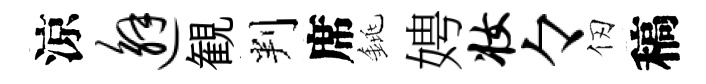
涼邂観判席銚娉妆々仞稿